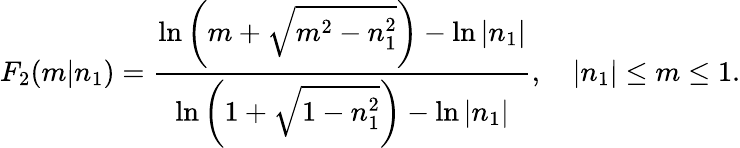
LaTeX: F_{2}(m|n_{1})=\frac{\ln\left(m+\sqrt{m^{2}-n_{1}^{2}}\right)-\ln|n_{1}|}{\ln\left(1+\sqrt{1-n_{1}^{2}}\right)-\ln|n_{1}|},\quad|n_{1}|\leq m\leq 1.